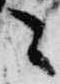
々